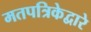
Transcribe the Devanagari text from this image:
मतपत्रिकेद्वारे